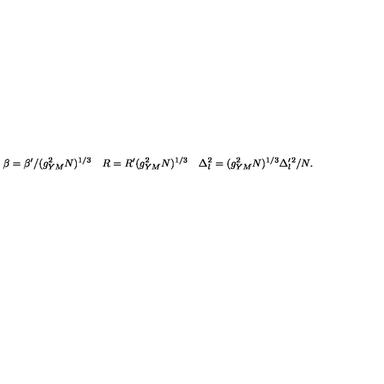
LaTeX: \beta = \beta ^ { \prime } / ( g _ { Y M } ^ { 2 } N ) ^ { 1 / 3 } \quad R = R ^ { \prime } ( g _ { Y M } ^ { 2 } N ) ^ { 1 / 3 } \quad \Delta _ { l } ^ { 2 } = ( g _ { Y M } ^ { 2 } N ) ^ { 1 / 3 } \Delta _ { l } ^ { \prime } { } ^ { 2 } / N .